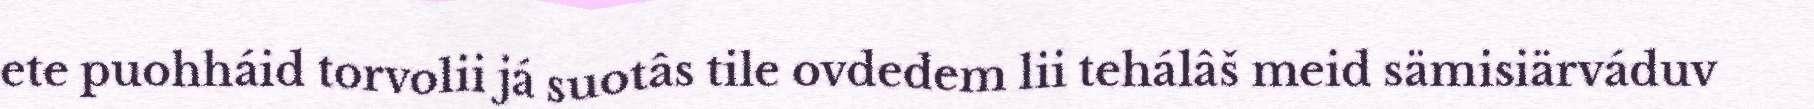
ete puohháid torvolii já suotâs tile ovdedem lii tehálâš meid sämisiärváduv